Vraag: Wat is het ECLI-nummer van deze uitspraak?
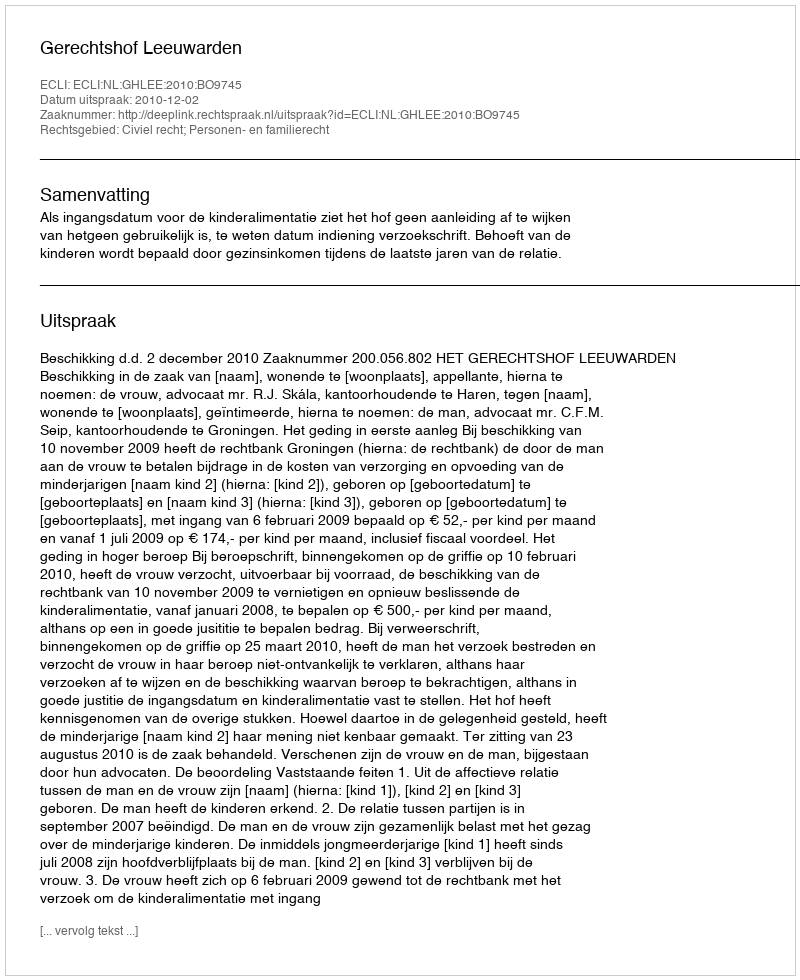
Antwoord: ECLI:NL:GHLEE:2010:BO9745